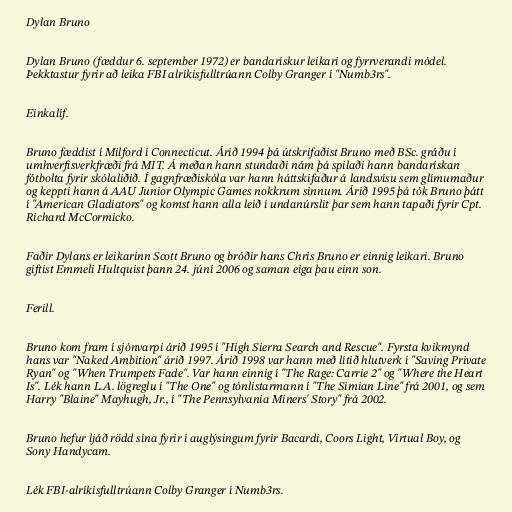
Dylan Bruno

Dylan Bruno (fæddur 6. september 1972) er bandarískur leikari og fyrrverandi módel.
Þekktastur fyrir að leika FBI alríkisfulltrúann Colby Granger í "Numb3rs".

Einkalíf.

Bruno fæddist í Milford í Connecticut. Árið 1994 þá útskrifaðist Bruno með BSc. gráðu í
umhverfisverkfræði frá MIT. Á meðan hann stundaði nám þá spilaði hann bandarískan
fótbolta fyrir skólaliðið. Í gagnfræðiskóla var hann háttskifaður á landsvísu sem glímumaður
og keppti hann á AAU Junior Olympic Games nokkrum sinnum. Árið 1995 þá tók Bruno þátt
í "American Gladiators" og komst hann alla leið í undanúrslit þar sem hann tapaði fyrir Cpt.
Richard McCormicko.

Faðir Dylans er leikarinn Scott Bruno og bróðir hans Chris Bruno er einnig leikari. Bruno
giftist Emmeli Hultquist þann 24. júní 2006 og saman eiga þau einn son.

Ferill.

Bruno kom fram í sjónvarpi árið 1995 í "High Sierra Search and Rescue". Fyrsta kvikmynd
hans var "Naked Ambition" árið 1997. Árið 1998 var hann með lítið hlutverk í "Saving Private
Ryan" og "When Trumpets Fade". Var hann einnig í "The Rage: Carrie 2" og "Where the Heart
Is". Lék hann L.A. lögreglu í "The One" og tónlistarmann í "The Simian Line" frá 2001, og sem
Harry "Blaine" Mayhugh, Jr., í "The Pennsylvania Miners' Story" frá 2002.

Bruno hefur ljáð rödd sína fyrir í auglýsingum fyrir Bacardi, Coors Light, Virtual Boy, og
Sony Handycam.

Lék FBI-alríkisfulltrúann Colby Granger í Numb3rs.